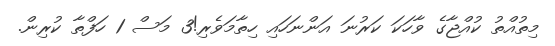
މިތުއްތު ކުއްޖާގެ ވާހަކަ ކަރުނަ އަންނަހައި ހިތާމަވެރި!3 މަސް 1 ހަފްތާ ކުރިން.